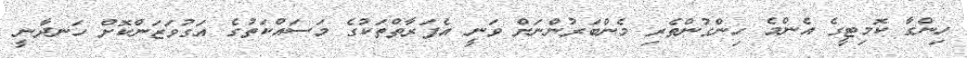
ހިންގާ ކޮމިޓީގެ އެންމެ ހިންގުންތެރި މެންބަރުންނަށް ވަނީ އެފަރާތްތަކުގެ މަސައްކަތުގެ އަގުވަޒަންކޮށް ހަނދާނީ